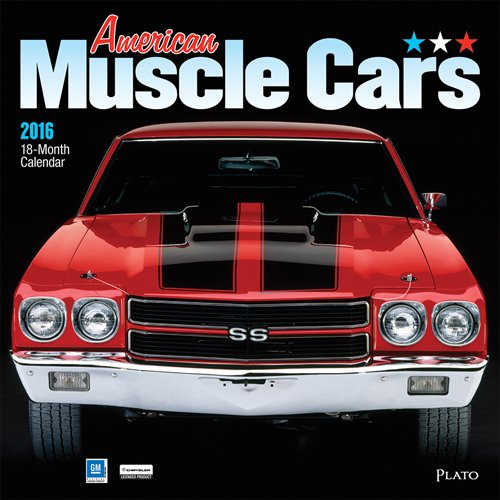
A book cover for American Muscle Cars 2016 Square 12x12 Plato; Browntrout Publishers; Calendars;